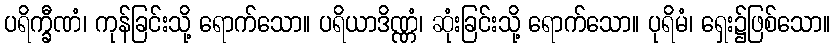
ပရိက္ခီဏံ၊ ကုန်ခြင်းသို့ ရောက်သော။ ပရိယာဒိဏ္ဏံ၊ ဆုံးခြင်းသို့ ရောက်သော။ ပုရိမံ၊ ရှေး၌ဖြစ်သော။